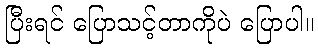
ပြီးရင် ပြောသင့်တာကိုပဲ ပြောပါ။